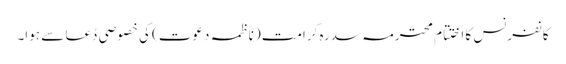
کانفرنس کا اختتام محترمہ سدرہ کرامت (ناظمہ دعوت) کی خصوصی دُعا سے ہوا۔